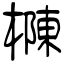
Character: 樄